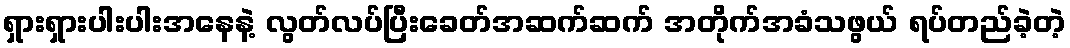
ရှားရှားပါးပါးအနေနဲ့ လွတ်လပ်ပြီးခေတ်အဆက်ဆက် အတိုက်အခံသဖွယ် ရပ်တည်ခဲ့တဲ့